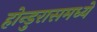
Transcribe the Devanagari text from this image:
होन्डुरासमध्ये